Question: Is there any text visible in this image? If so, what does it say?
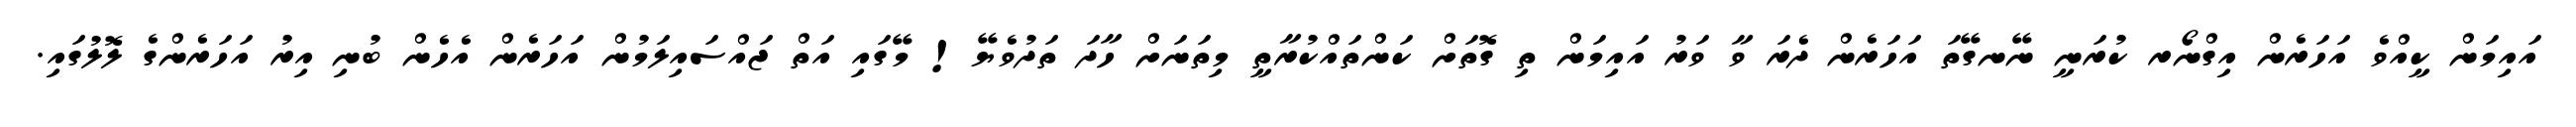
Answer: އައިމަން ކީއްވެ އަހަރެން އިގްނޯރ ކުރަނީ ނޭނގޭތަ އަހަރެން ދެރަ ވާ ވަރު އައިމަން ތި ގޮތަށް ކަންތައްކުރާތީ މިތަނަށް ހާދަ ތަދުވެޔޭ! މޭގައި އަތް ޖައްސައިލަމުން އަހަރެން އެހެން ބުނި އިރު އަހަރެންގެ ލޮލުގައި.